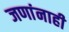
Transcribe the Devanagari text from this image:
जणांनाही